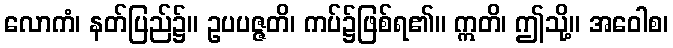
လောကံ၊ နတ်ပြည်၌။ ဥပပဇ္ဇတိ၊ ကပ်၌ဖြစ်ရ၏။ ဣတိ၊ ဤသို့။ အဝေါစ၊